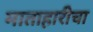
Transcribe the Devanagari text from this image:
माताहारीचा